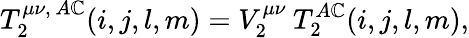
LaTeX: T_{2}^{\mu\nu,\, A\mathbb{C}}(i,j,l,m)=V_{2}^{\mu\nu}\: T_{2}^{A\mathbb{C}}(i,j,l,m),